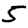
Digit: 5